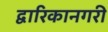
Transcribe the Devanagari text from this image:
द्वारिकानगरी